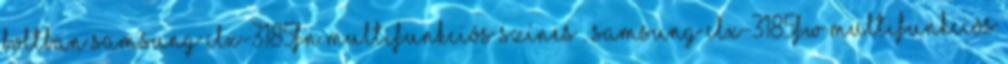
boltban Samsung CLX-3185FN Multifunkciós színes . Samsung CLX-3185FW Multifunkciós